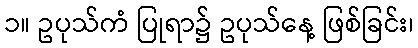
၁။ ဥပုသ်ကံ ပြုရာ၌ ဥပုသ်နေ့ ဖြစ်ခြင်း၊